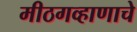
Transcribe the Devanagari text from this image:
मीठगव्हाणाचे